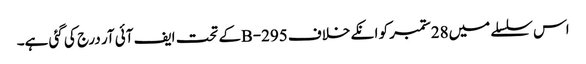
اس سلسلے میں28ستمبر کو انکے خلاف 295-Bکے تحت ایف آئی آر درج کی گئی ہے۔